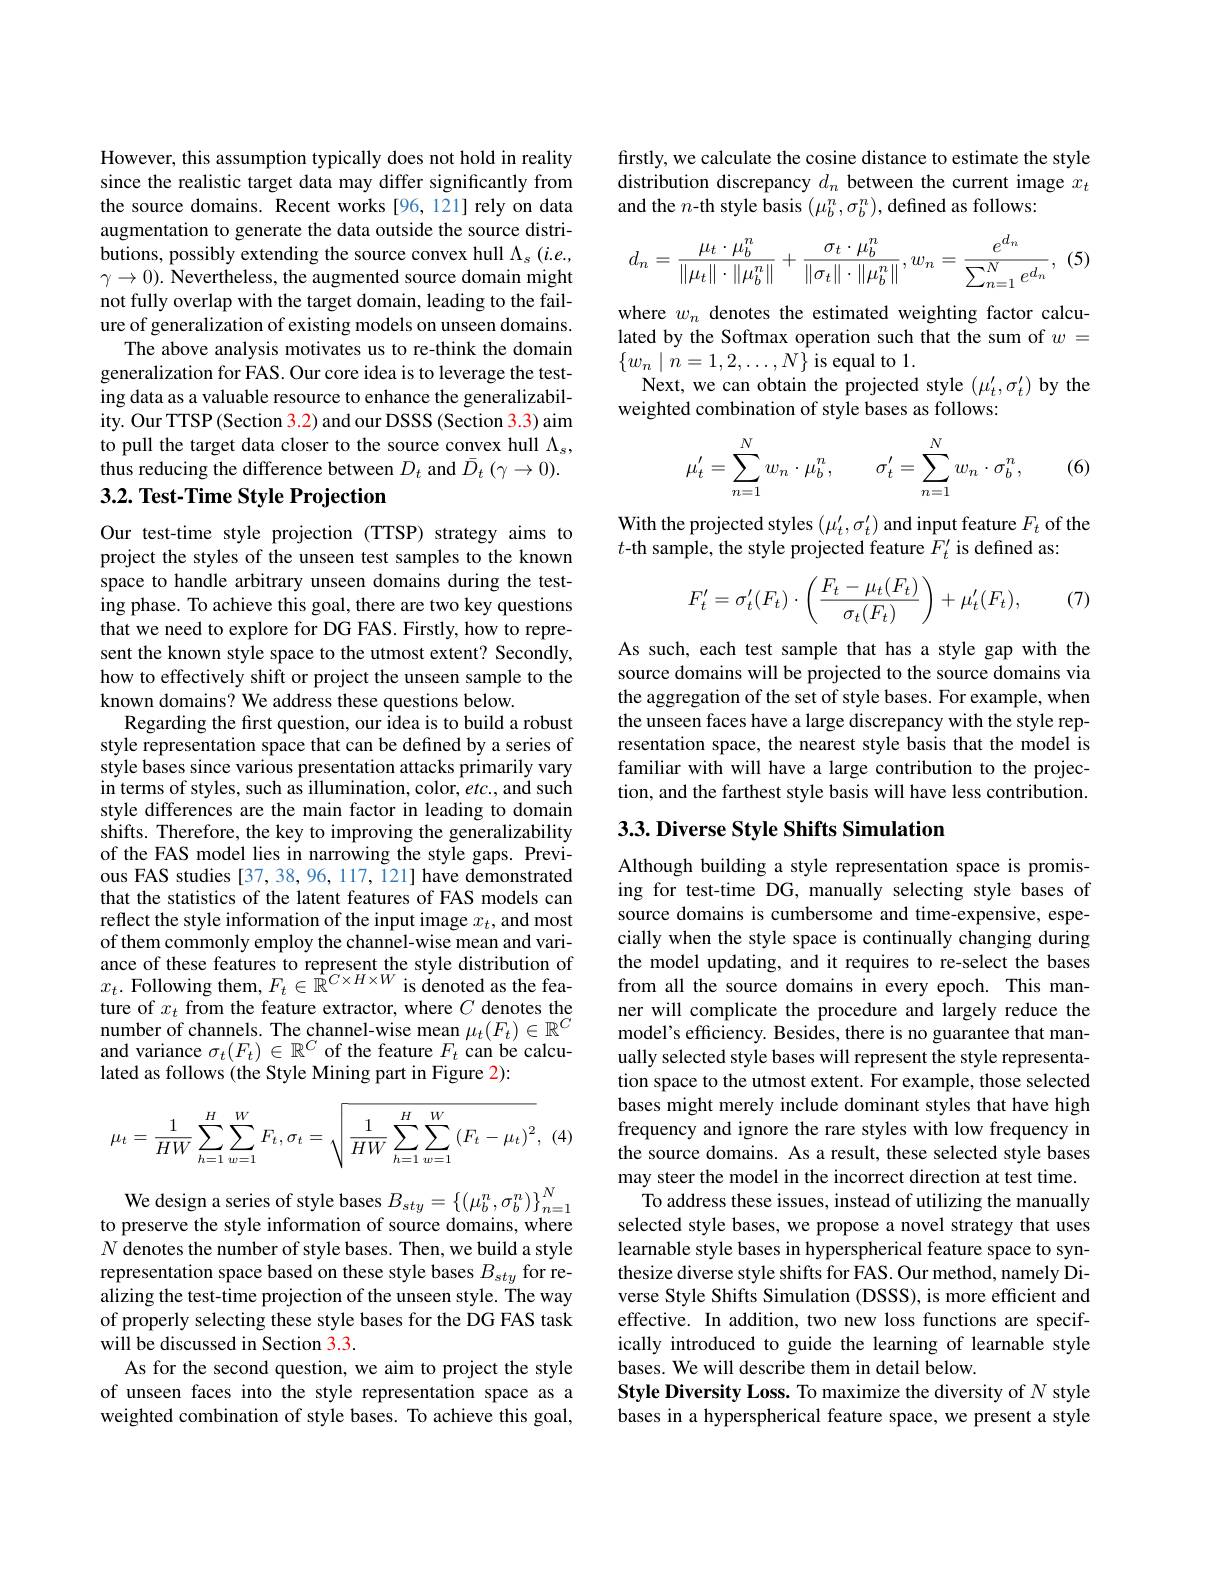
However, this assumption typically does not hold in reality since the realistic target data may differ significantly from the source domains. Recent works [96, 121] rely on data augmentation to generate the data outside the source distributions, possibly extending the source convex hull $\Lambda_s\left(i.e.,\right)$ $\gamma\to0).$ Nevertheless, the augmented source domain might not fully overlap with the target domain, leading to the failure of generalization of existing models on unseen domains.
The above analysis motivates us to re-think the domain generalization for FAS. Our core idea is to leverage the testing data as a valuable resource to enhance the generalizability. Our TTSP(Section 3.2) and our DSSS (Section 3.3) aim to pull the target data closer to the source convex hull $\Lambda_s$, thus reducing the difference between $D_t$ and $\bar{D}_t\left(\gamma\to0\right).$

## $3. 2. \textbf{ Test- Time Style Projection}$

Our test-time style projection (TTSP) strategy aims to project the styles of the unseen test samples to the known space to handle arbitrary unseen domains during the testing phase. To achieve this goal, there are two key questions that we need to explore for DG FAS. Firstly, how to represent the known style space to the utmost extent? Secondly, how to effectively shift or project the unseen sample to the known domains? We address these questions below.
Regarding the frst question, our idea is to build a robust style representation space that can be defined by a series of style bases since various presentation attacks primarily vary in terms of styles, such as illumination, color, etc., and such style differences are the main factor in leading to domain shifts. Therefore, the key to improving the generalizability of the FAS model lies in narrowing the style gaps. Previous FAS studies [37,38,96,117, i21] have demonstrated that the statistics of the latent features of FAS models can reflect the style information of the input image $x_t$, and most of them commonly employ the channel-wise mean and variance of these features to represent the style distribution of $x_t.$ Following them, $F_t\in\hat{\mathbb{R}}^{C\times H\times W}$ is denoted as the feature of $x_t$ from the feature extractor, where $C$ denotes the $\underset{{\mathrm{number~of~channels.~The~channel-wise~mean~}}}\mu_{t}(F_{t})\in\mathbb{R}^{C}$ and variance $\sigma_t(F_t)\in\mathbb{R}^C$ of the feature $F_t$ can be calculated as follows (the Style Mining part in Figure 2):
$$\mu_t=\dfrac{1}{HW}\sum\limits_{h=1}^{H}\sum\limits_{w=1}^{W}F_t,\sigma_t=\sqrt{\dfrac{1}{HW}\sum\limits_{h=1}^{H}\sum\limits_{w=1}^{W}\left(F_t-\mu_t\right)^2},$$
(4

We design a series of style bases $B_{sty}= \left \{ ( \mu _b^n, \sigma _b^n) \right \} _{n= 1}^N$to preserve the style information of source domains, where $N$ denotes the number of style bases. Then, we build a style representation space based on these style bases $B_{sty}$ for realizing the test-time projection of the unseen style. The way of properly selecting these style bases for the DG FAS task $\hat{\text{will be discussed in Section 3.3.}}$
As for the second question, we aim to project the style of unseen faces into the style representation space as a weighted combination of style bases. To achieve this goal,

firstly, we calculate the cosine distance to estimate the style distribution discrepancy $d_n$ between the current image $x_t$ and the $n$-th style basis $(\mu_b^n,\sigma_b^n)$, defined as follows:
$$d_n=\frac{\mu_t\cdot\mu_b^n}{\|\mu_t\|\cdot\|\mu_b^n\|}+\frac{\sigma_t\cdot\mu_b^n}{\|\sigma_t\|\cdot\|\mu_b^n\|},w_n=\frac{e^{d_n}}{\sum_{n=1}^Ne^{d_n}},$$
(5)

where $w_n$ denotes the estimated weighting factor calculated by the Softmax operation such that the sum of $w=$ $\{w_{n}\mid n=1,2,\ldots,N\}$ is equal to 1.
Next, we can obtain the projected style $(\mu_t^{\prime},\sigma_t^{\prime})$ by the
weighted combination of style bases as follows:

(6)
$$\mu_t'=\sum_{n=1}^Nw_n\cdot\mu_b^n,\quad\sigma_t'=\sum_{n=1}^Nw_n\cdot\sigma_b^n,$$
With the projected styles $(\mu_{t}^{\prime},\sigma_{t}^{\prime})$ and input feature $F_{t}$ of the
$t$-th sample, the style projected feature $F_t^{\prime}$ is defined as:
$$F_t'=\sigma_t'(F_t)\cdot\left(\frac{F_t-\mu_t(F_t)}{\sigma_t(F_t)}\right)+\mu_t'(F_t),$$
(7)

As such, each test sample that has a style gap with the source domains will be projected to the source domains via the aggregation of the set of style bases. For example, when the unseen faces have a large discrepancy with the style representation space, the nearest style basis that the model is familiar with will have a large contribution to the projection, and the farthest style basis will have less contribution.

## 3.3. Diverse Style Shifts Simulation

Although building a style representation space is promising for test-time DG, manually selecting style bases of source domains is cumbersome and time-expensive, especially when the style space is continually changing during the model updating, and it requires to re-select the bases from all the source domains in every epoch. This manner will complicate the procedure and largely reduce the model's efficiency. Besides, there is no guarantee that manually selected style bases will represent the style representation space to the utmost extent. For example, those selected bases might merely include dominant styles that have high frequency and ignore the rare styles with low frequency in the source domains. As a result, these selected style bases may steer the model in the incorrect direction at test time.
To address these issues, instead of utilizing the manually selected style bases, we propose a novel strategy that uses learnable style bases in hyperspherical feature space to synthesize diverse style shifts for FAS. Our method, namely Diverse Style Shifts Simulation (DSSSS), is more efficient and effective. In addition, two new loss functions are specifically introduced to guide the learning of learnable style bases. We will describe them in detail below.
Style Diversity Loss. To maximize the diversity of $N$ style bases in a hyperspherical feature space, we present a style